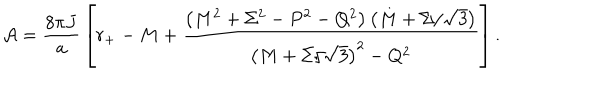
LaTeX: { \cal A } = { \frac { 8 \pi J } { a } } \left[ r _ { + } - M + { \frac { \left( M ^ { 2 } + \Sigma ^ { 2 } - P ^ { 2 } - Q ^ { 2 } \right) \left( M + \Sigma / \sqrt { 3 } \right) } { \left( M + \Sigma / \sqrt { 3 } \right) ^ { 2 } - Q ^ { 2 } } } \right] .